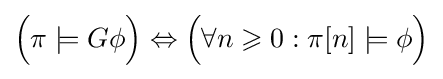
{\Big (}\pi \models G\phi {\Big )}\Leftrightarrow {\Big (}\forall n\geqslant 0:\pi [n]\models \phi {\Big )}